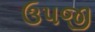
ઉપજી